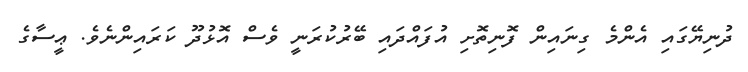
ދުނިޔޭގައި އެންމެ ގިނައިން ފޮނިތޮށި އުފައްދައި ބޭރުކުރަނީ ވެސް އޮޅުދޫ ކަރައިންނެވެ. ޢީސާގެ